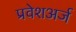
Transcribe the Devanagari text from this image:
प्रवेशअर्ज